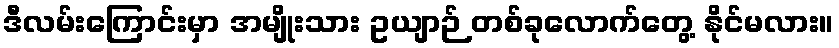
ဒီလမ်းကြောင်းမှာ အမျိုးသား ဥယျာဉ် တစ်ခုလောက်တွေ့ နိုင်မလား။